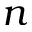
n